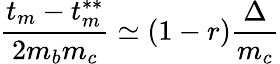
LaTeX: {\frac{t_{m}-t_{m}^{**}}{2m_{b}m_{c}}}\simeq(1-r){\frac{\Delta}{m_{c}}}